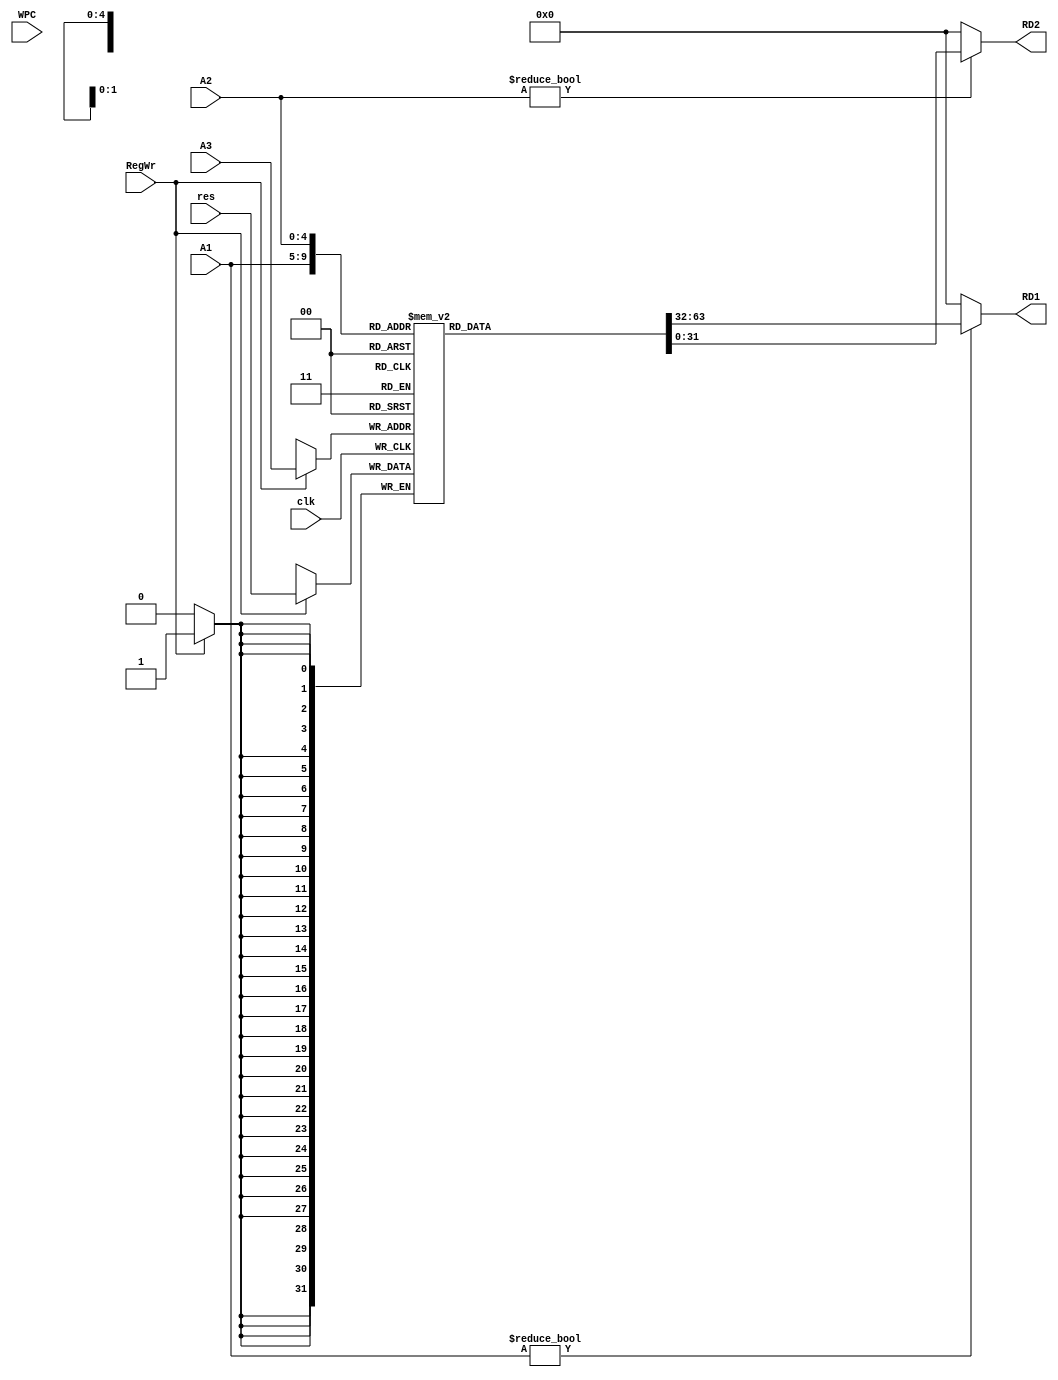
`timescale 1ns / 1ps
//////////////////////////////////////////////////////////////////////////////////
// Company: 
// Engineer: 
// 
// Design Name: 
// Module Name:    grf 
// Project Name: 
// Target Devices: 
// Tool versions: 
// Description: 
//
// Dependencies: 
//
// Revision: 
// Revision 0.01 - File Created
// Additional Comments: 
//
//////////////////////////////////////////////////////////////////////////////////
module grf(
    input clk,
    input RegWr,
    input [31:0] res,    //Wdata
    input [4:0] A1,
    input [4:0] A2,
    input [4:0] A3,      //Waddr
	 input [31:0] WPC,    //WPC
    output [31:0] RD1,   
    output [31:0] RD2
    );
	 
	reg [31:0] rf[31:0];
	
	integer i;
	
	initial begin 
		for(i = 0; i <= 31; i = i + 1) begin
			rf[i] <= 0;
		end
	end
	
	always @(posedge clk) begin
		if(RegWr) begin 
			$display("@%h: $%d <= %h", WPC, A3, res);		
			rf[A3] <= res;	
		end
	end
		
	assign RD1 = (A1 != 0) ? rf[A1] : 0;
	assign RD2 = (A2 != 0) ? rf[A2] : 0;

endmodule